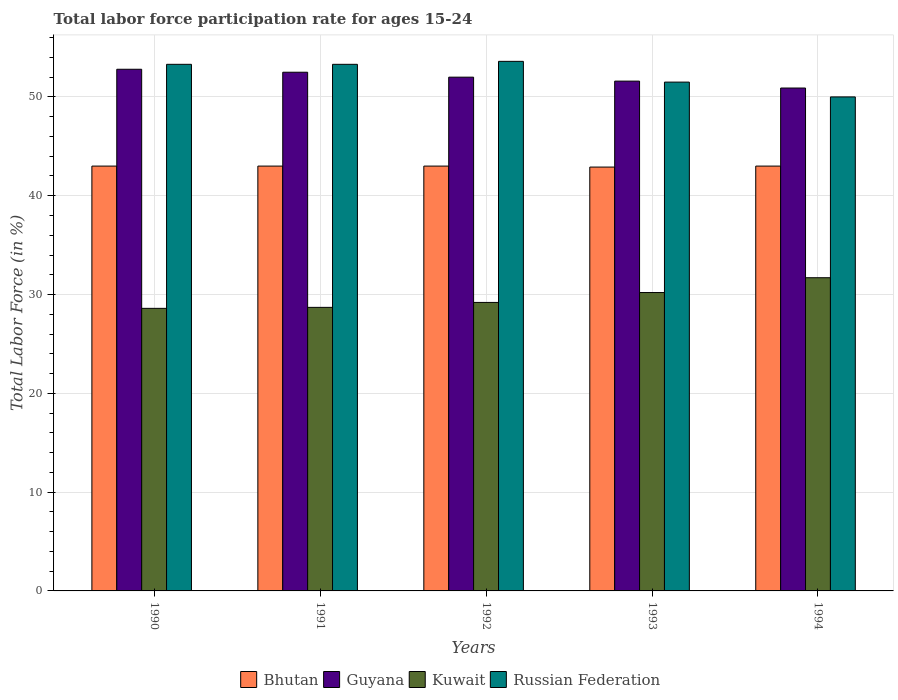
| Years | Bhutan | Guyana | Kuwait | Russian Federation |
 | --- | --- | --- | --- | --- |
 | 1990 | 43 | 52.8 | 28.6 | 53.3 |
 | 1991 | 43 | 52.5 | 28.7 | 53.3 |
 | 1992 | 43 | 52 | 29.2 | 53.6 |
 | 1993 | 42.9 | 51.6 | 30.2 | 51.5 |
 | 1994 | 43 | 50.9 | 31.7 | 50 |